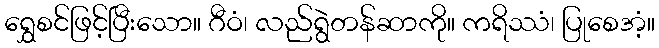
ရွှေစင်ဖြင့်ပြီးသော။ ဂီဝံ၊ လည်ရွဲတန်ဆာကို။ ကရိဿံ၊ ပြုစေအံ့။